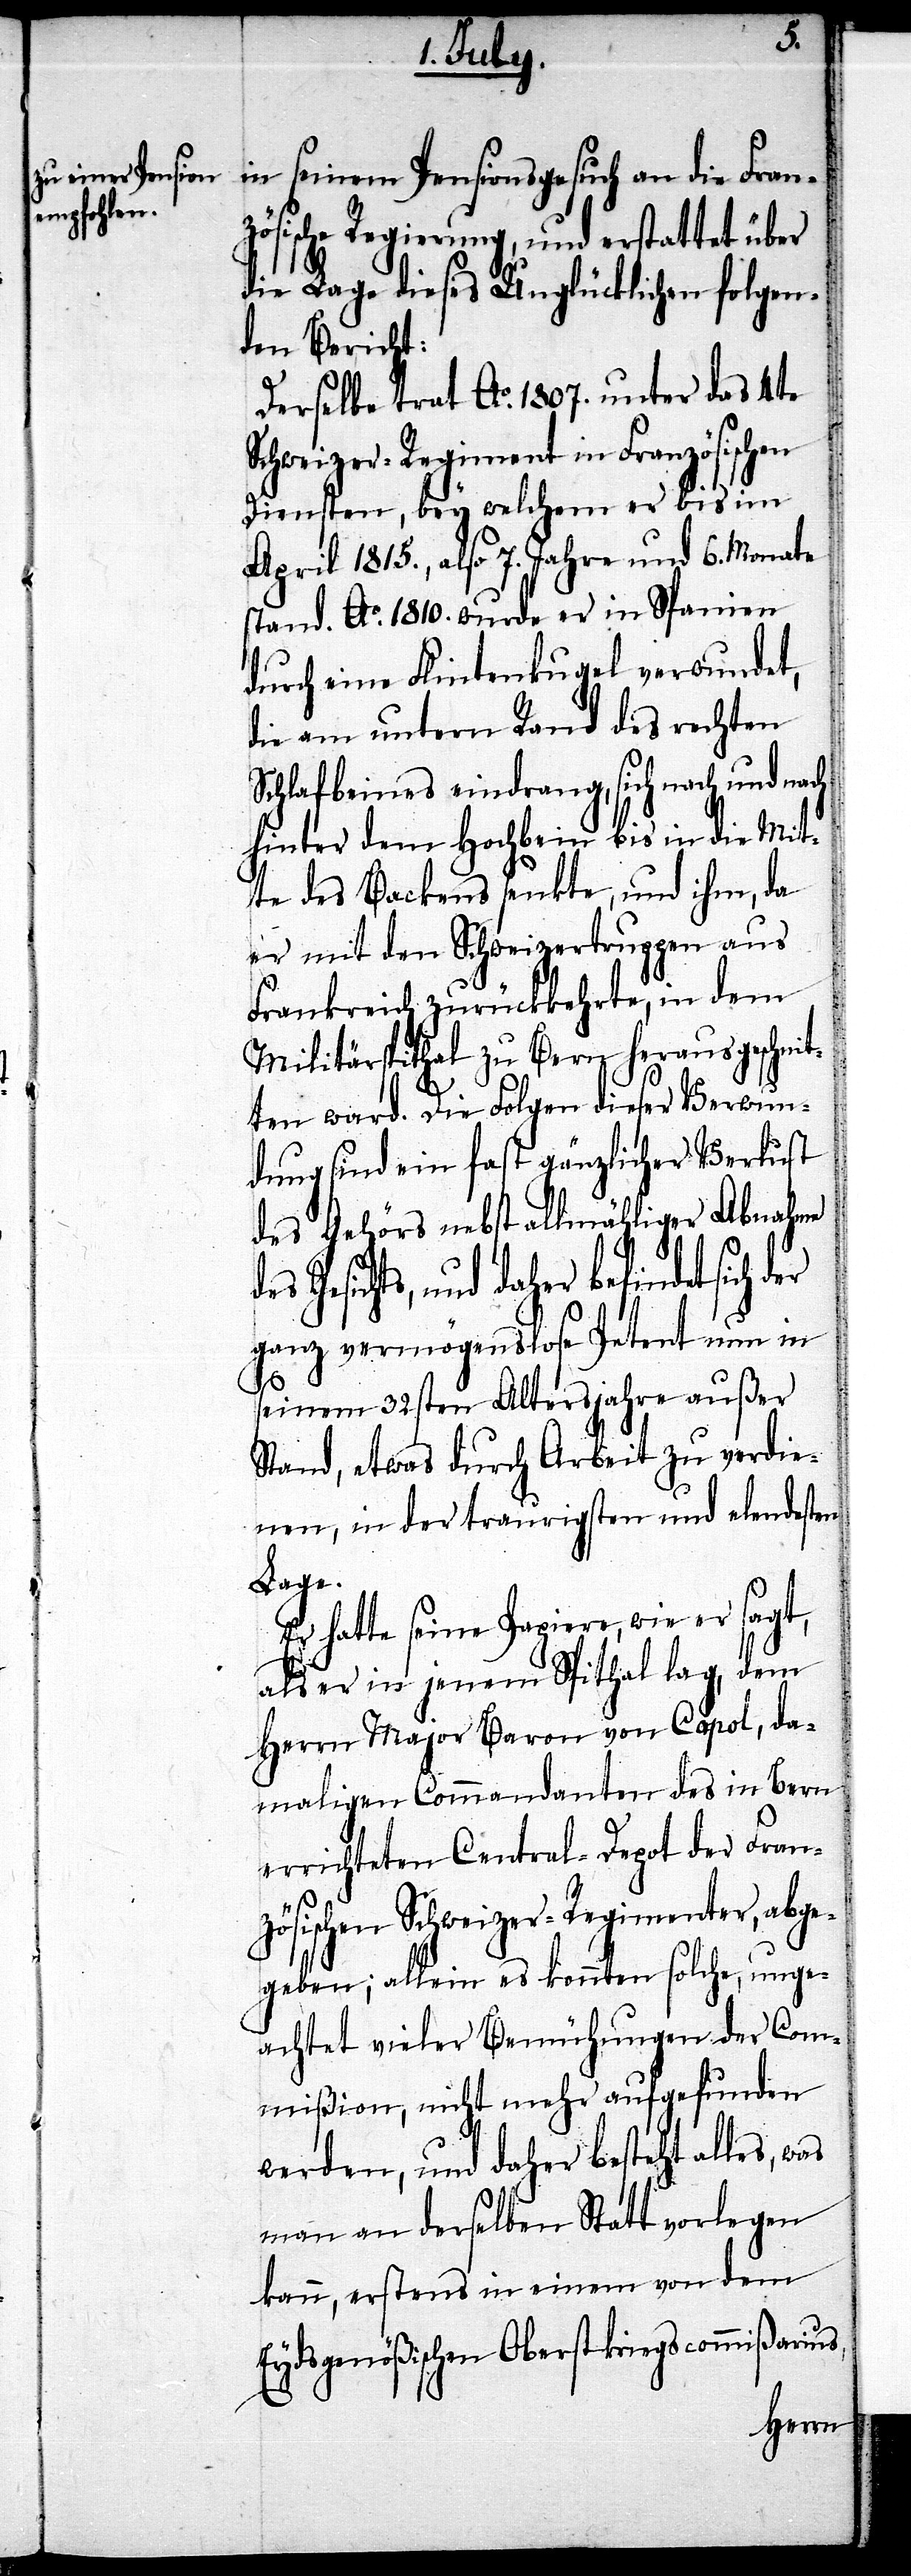
in seinem Pensionsgesuch an die Fran¬
zösische Regierung, und erstattet über
die Lage dieses Unglücklichen folgen¬
den Bericht:
Derselbe trat Ao. 1807. unter das 4te
Schweizer-Regiment in Französischen
Diensten, bey welchem er bis im
April 1815., also 7. Jahre und 6. Monate
stand. Ao. 1810. wurde er in Spanien
durch eine Flintenkugel verwundet,
die am untern Rand des rechten
Schlafbeines eindrang, sich nach und nach
hinter dem Hochbein bis in die Mit¬
te des Backens senkte, und ihm, da
er mit den Schweizertruppen aus
Frankreich zurückkehrte, in dem
Militärspithal zu Bern herausgeschnit¬
ten ward. Die Folgen dieser Verwun¬
dung sind ein fast gänzlicher Verlust
des Gehörs nebst allmähliger Abnahme
Gesichts, und daher befindet sich
ganz vermögenslose Petent nun in
seinem 32ten Altersjahre außer
Stand, etwas durch Arbeit zu verdie¬
nen, in der traurigsten und elendesten
Lage.
Er hatte seine Papiere, wie er sagt,
als er in jenem Spithal lag, dem
Herrn Major Baron von Capol, da¬
maligen Commandanten des in Bern
errichteten Central-Depot der Fran¬
zösischen Schweizer-Regimenter, abge¬
geben; allein es konnten solche, unge¬
achtet vieler Bemühungen der Com¬
mißion, nicht mehr aufgefunden
werden, und daher besteht alles, was
man an derselben Statt vorlegen
kann, erstens in einem von dem
Eydsgenößischen Oberstkriegscommißarius,